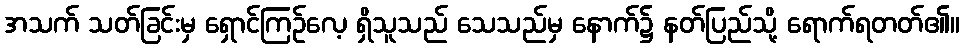
အသက် သတ်ခြင်းမှ ရှောင်ကြဉ်လေ့ ရှိသူသည် သေသည်မှ နောက်၌ နတ်ပြည်သို့ ရောက်ရတတ်၏။